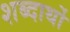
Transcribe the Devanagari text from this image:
शब्दार्थो